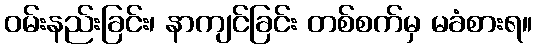
ဝမ်းနည်းခြင်း၊ နာကျင်ခြင်း တစ်စက်မှ မခံစားရ။